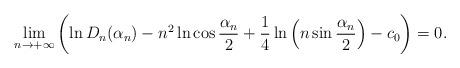
LaTeX: \begin{align*}\lim\limits_{n\to+\infty}\left(\ln D_n(\alpha_n)-n^2\ln\cos\frac{\alpha_n}{2}+\frac{1}{4}\ln\left(n\sin\frac{\alpha_n}{2}\right)-c_0\right)=0.\end{align*}